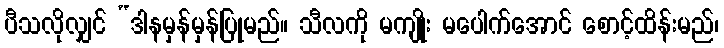
ပီသလိုလျှင် “ဒါနမှန်မှန်ပြုမည်။ သီလကို မကျိုး မပေါက်အောင် စောင့်ထိန်းမည်၊